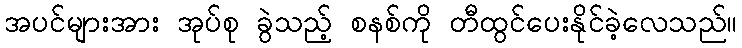
အပင်များအား အုပ်စု ခွဲသည့် စနစ်ကို တီထွင်ပေးနိုင်ခဲ့လေသည်။